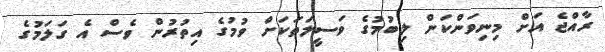
ރާއްޖެ އަށް މިނިވަންކަން ލިބުމުގެ ވަސީލަތަކަށް ވުމުގެ އިތުރުން ވެސް އެ ގަލަމުގެ